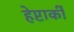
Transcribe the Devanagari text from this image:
हेप्टार्की